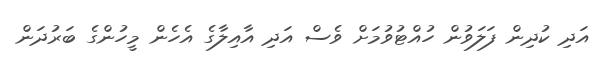
އަދި ކުދިން ފަލަވުން ހުއްޓުވުމަށް ވެސް އަދި އާއިލާގެ އެހެން މީހުންގެ ބަރުދަން